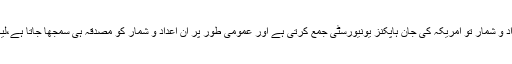
میڈیا اگر اموات کے اعداد و شمار بتاتا ہے تو کیا غلط کرتا ہے، یہ اعداد و شمار تو امریکہ کی جان ہاپکنز یونیورسٹی جمع کرتی ہے اور عمومی طور پر ان اعداد و شمار کو مصدقہ ہی سمجھا جاتا ہے،لیکن خود حکومتوں نے جو خوف پھیلایا اس کا کیف و کم کہیں زیادہ تھا۔